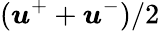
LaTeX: (\boldsymbol{u}^{+}+\boldsymbol{u}^{-})/2